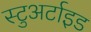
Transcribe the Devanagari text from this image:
स्टुअर्टाइड